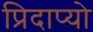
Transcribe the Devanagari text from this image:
प्रिदाप्यो